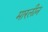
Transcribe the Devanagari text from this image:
मारलीन